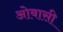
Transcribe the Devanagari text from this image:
ओबासी